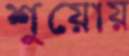
শুয়োয়